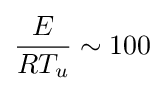
{\frac {E}{RT_{u}}}\sim 100